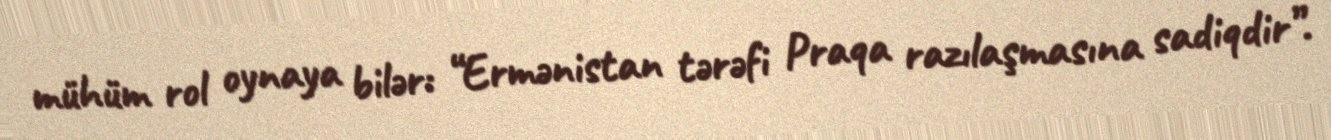
mühüm rol oynaya bilər: “Ermənistan tərəfi Praqa razılaşmasına sadiqdir”.